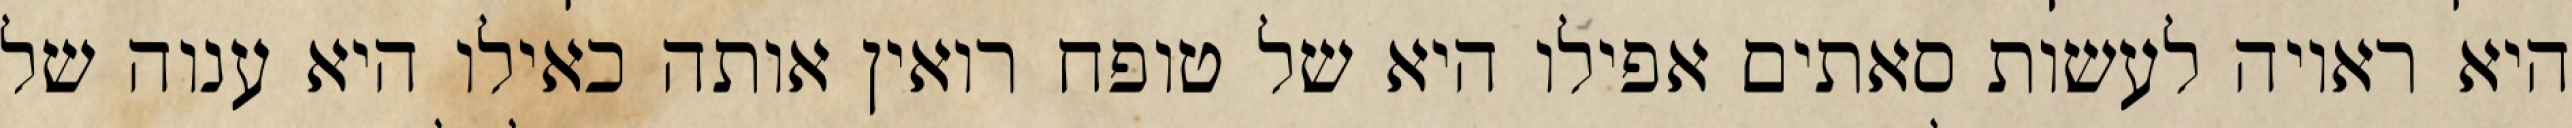
היא ראויה לעשות סאתים אפילו היא של טופח רואין אותה כאילו היא ענוה של